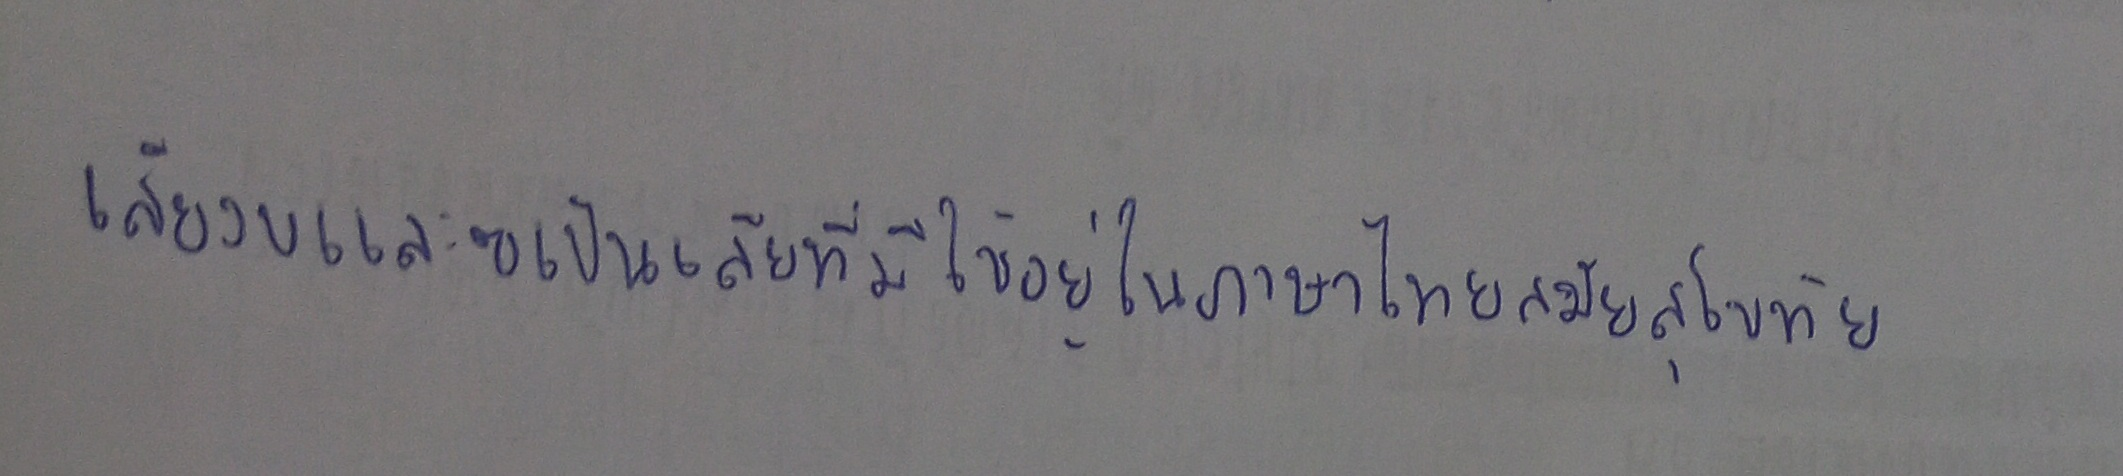
เสียงขและฃเป็นเสียงที่มีใช้อยู่ในภาษาไทยสมัยสุโขทัย